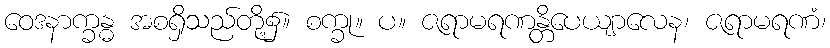
ဝေဒနာက္ခန္ဓ အစရှိသည်တို့၌။ စက္ခု။ ပ။ ဇရာမရဏန္တိပေယျာလေန၊ ဇရာမရဏံ၊